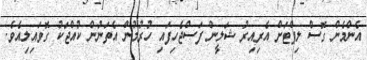
އެންމެން ގޮސް ލިފްޓަށް އެރިއިރު ޝަލީން ފަސްޖެހިފައި ހުރުމުން އެތަނުން ކުއްޖަކު ގޮވައިލިއެވެ.